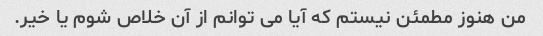
من هنوز مطمئن نیستم که آیا می توانم از آن خلاص شوم یا خیر.